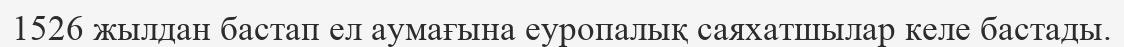
1526 жылдан бастап ел аумағына еуропалық саяхатшылар келе бастады.